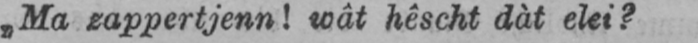
„Ma zappertjenn! wât hêscht dàt elei?